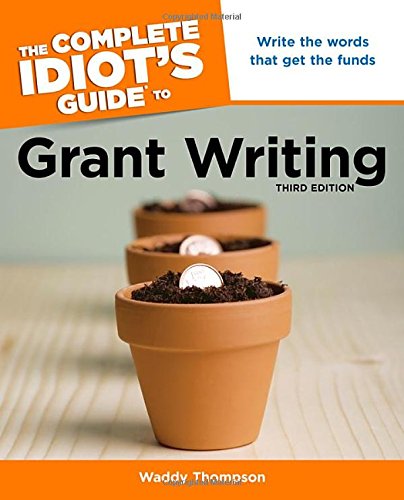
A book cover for The Complete Idiot's Guide to Grant Writing, 3rd Edition (Complete Idiot's Guides (Lifestyle Paperback)); Waddy Thompson; Business & Money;